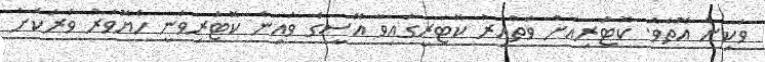
ވަކިން އޮތެވެ. ކޮޓަރިއަށް ވަތްއިރު ކޮޓަރީގައިވާ އޭސީގެ ވައިން ކޮޓަރިވަނީ ހެޔޮވަރު ވަރަކަށް